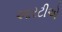
આરટીએ